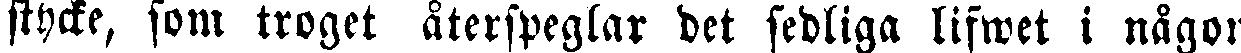
stycke, som troget återspeglar det sedliga lifwet i någon